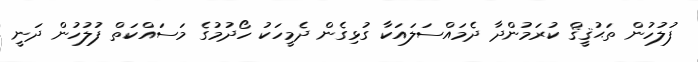
ފުލުހުން ތަޙުޤީޤް ކުރަމުންދާ ދެމައްސަލައަކާ ގުޅިގެން ދެމީހަކު ހޯދުމުގެ މަސައްކަތް ފުލުހުން ދަނީ